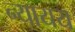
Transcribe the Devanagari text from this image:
न्यायय